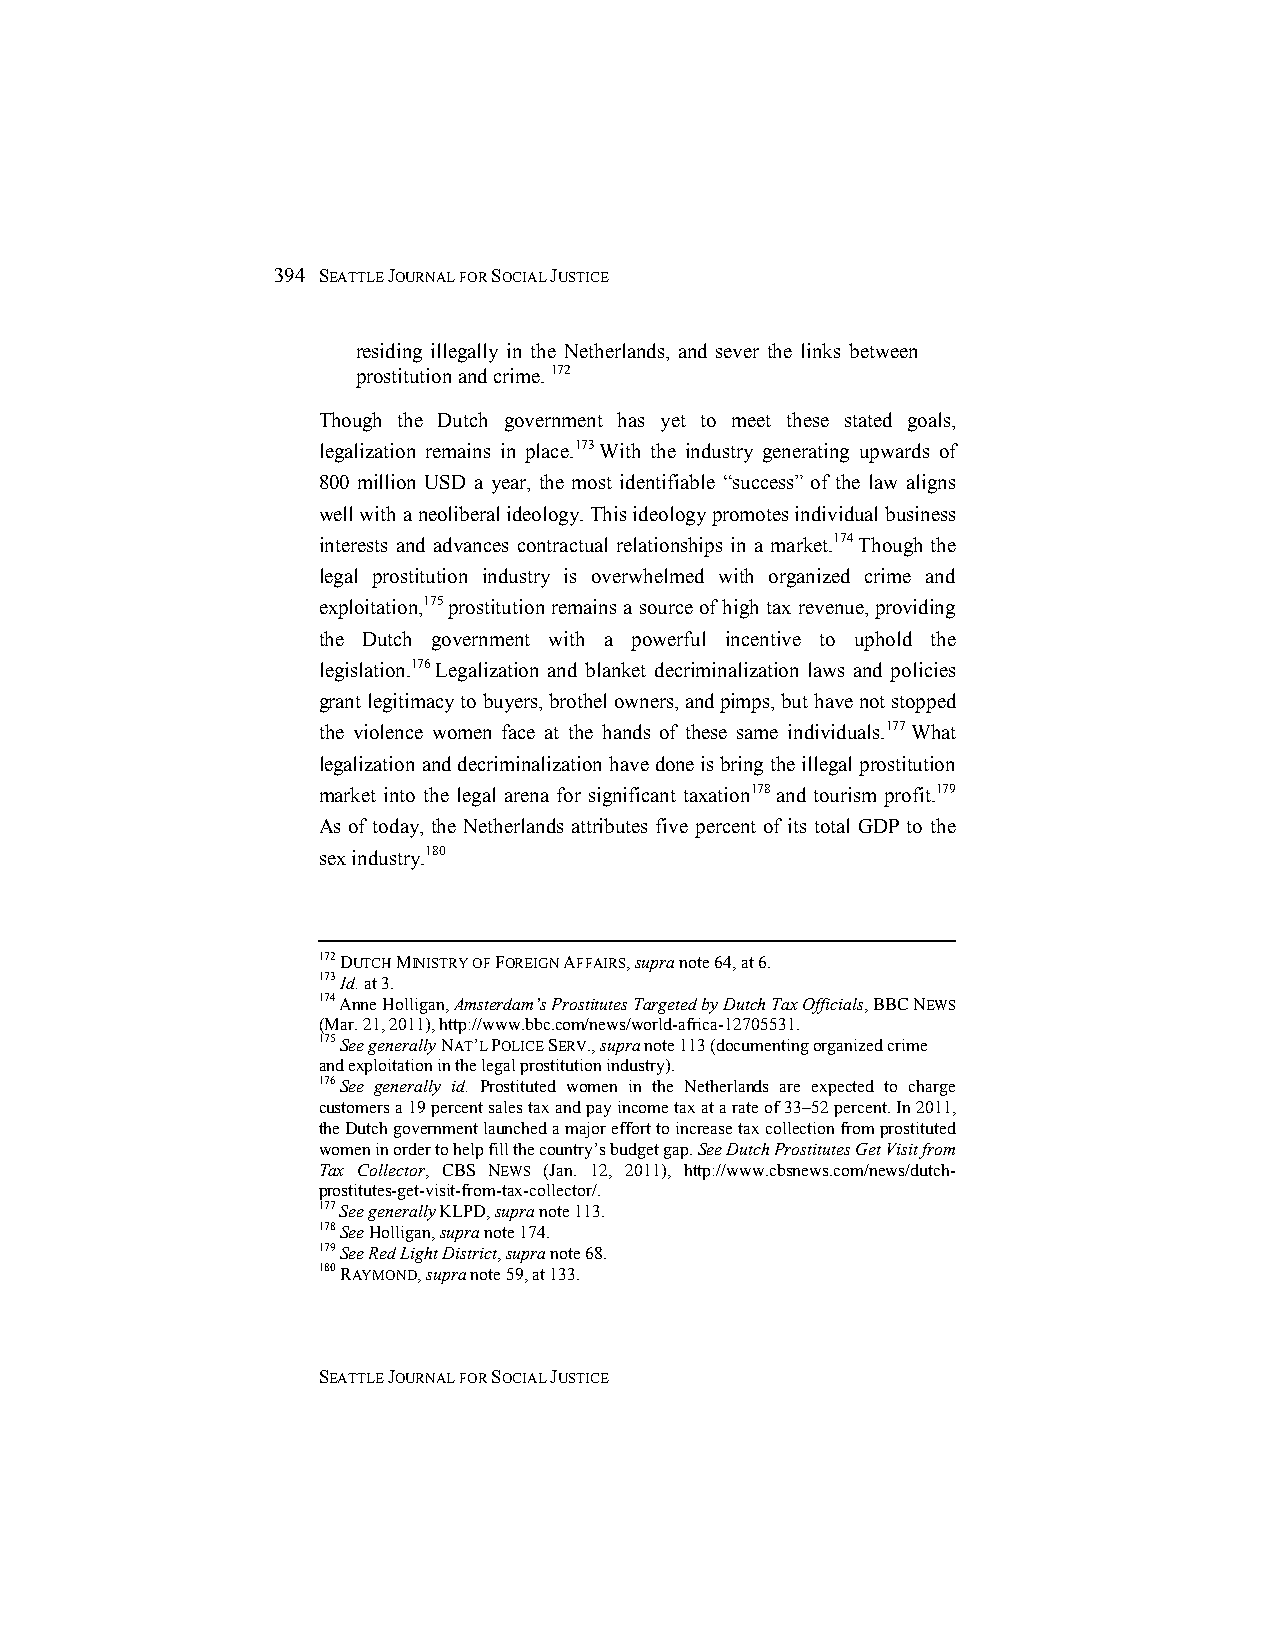
394 SEATTLE JOURNAL FOR SOCIAL JUSTICE
 residing illegally in the Netherlands, and sever the links between
 prostitution and crime. 172
 Though the Dutch government has yet to meet these stated goals,
 legalization remains in place.173 With the industry generating upwards of
 800 million USD a year, the most identifiable “success” of the law aligns
 well with a neoliberal ideology. This ideology promotes individual business
 interests and advances contractual relationships in a market.174 Though the
 legal prostitution industry is overwhelmed with organized crime and
 exploitation,175 prostitution remains a source of high tax revenue, providing
 the Dutch government with a powerful incentive to uphold the
 legislation.176 Legalization and blanket decriminalization laws and policies
 grant legitimacy to buyers, brothel owners, and pimps, but have not stopped
 the violence women face at the hands of these same individuals.177 What
 legalization and decriminalization have done is bring the illegal prostitution
 market into the legal arena for significant taxation178 and tourism profit.179
 As of today, the Netherlands attributes five percent of its total GDP to the
 sex industry.180
 172 DUTCH MINISTRY OF FOREIGN AFFAIRS, supra note 64, at 6.
 173 Id. at 3.
 174 Anne Holligan, Amsterdam’s Prostitutes Targeted by Dutch Tax Officials, BBC NEWS
 (Mar. 21, 2011), http://www.bbc.com/news/world-africa-12705531.
 175 See generally NAT’L POLICE SERV., supra note 113 (documenting organized crime
 and exploitation in the legal prostitution industry).
 176 See generally id. Prostituted women in the Netherlands are expected to charge
 customers a 19 percent sales tax and pay income tax at a rate of 33–52 percent. In 2011,
 the Dutch government launched a major effort to increase tax collection from prostituted
 women in order to help fill the country’s budget gap. See Dutch Prostitutes Get Visit from
 Tax Collector, CBS NEWS (Jan. 12, 2011), http://www.cbsnews.com/news/dutch-
 prostitutes-get-visit-from-tax-collector/.
 177 See generally KLPD, supra note 113.
 178 See Holligan, supra note 174.
 179 See Red Light District, supra note 68.
 180 RAYMOND, supra note 59, at 133.
 SEATTLE JOURNAL FOR SOCIAL JUSTICE